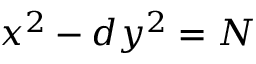
x ^ { 2 } - d y ^ { 2 } = N